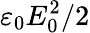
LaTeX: \varepsilon_{0}E_{0}^{2}/2